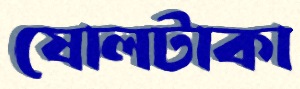
ষোলটাকা